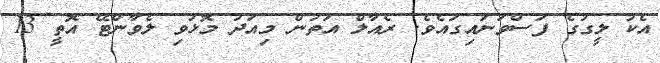
އެކު ލީގުގެ ފަސްވަނައިގައެވެ. ރެއާލް އަތުން މިއަދު މޮޅުވި ލެވާންޓޭ އޮތީ 13